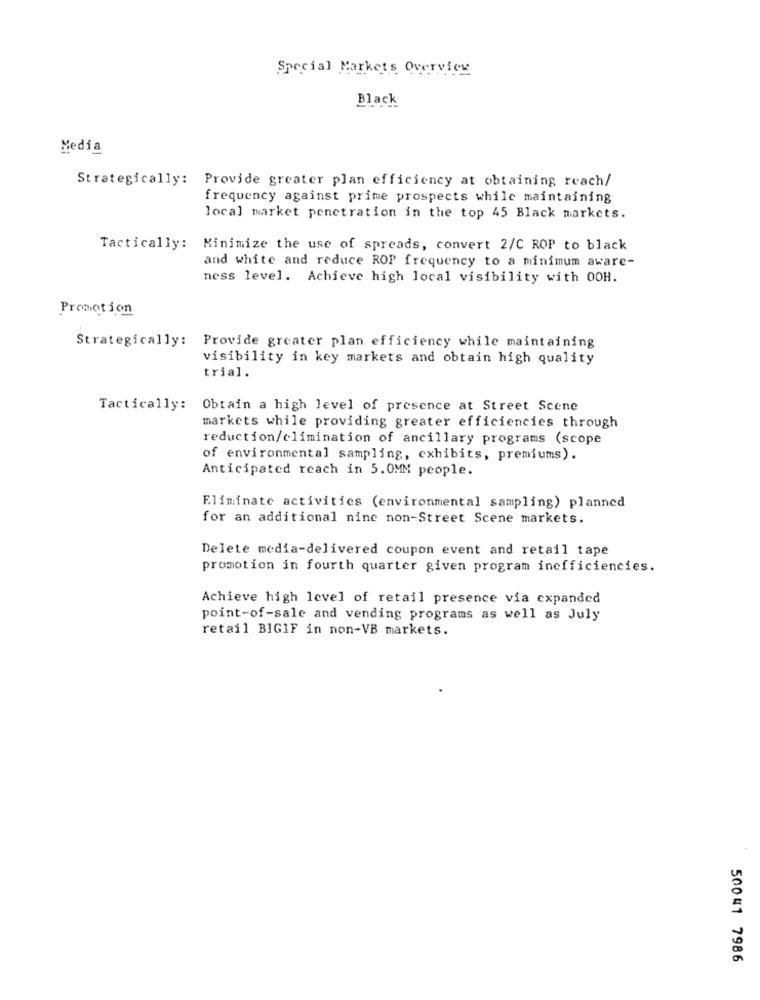
Special Markets Overview
Black
Media
Strategically: Provide greater plan efficiency at obtaining reach/
frequency against prime prospects while maintaining
local market penetration in the top 45 Black markets.
Tactically: Minimize the use of spreads, convert 2/C ROP to black
and white and reduce ROP frequency to a minimum aware-
ness level. Achieve high local visibility with OOH.
Promotion
Strategically: Provide greater plan efficiency while maintaining
visibility in key markets and obtain high quality
trial.
Tactically: Obtain a high level of presence at Street Scene
markets while providing greater efficiencies through
reduction/elimination of ancillary programs (scope
of environmental sampling, exhibits, premiums).
Anticipated reach in 5.0MM people.
Eliminate activities (environmental sampling) planned
for an additional nine non-Street Scene markets.
Delete media-delivered coupon event and retail tape
promotion in fourth quarter given program inefficiencies.
Achieve high level of retail presence via expanded
point-of-sale and vending programs as well as July
retail BIGIF in non-VB markets.
50041 7986